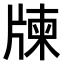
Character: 𤗛